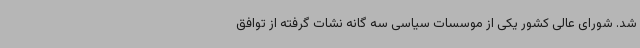
شد. شورای عالی کشور یکی از موسسات سیاسی سه گانه نشات گرفته از توافق